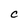
Character: C